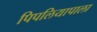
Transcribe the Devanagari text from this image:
पिपलियापाला